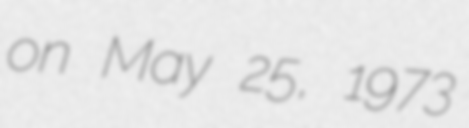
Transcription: on May 25, 1973